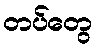
တပ်တွေ